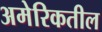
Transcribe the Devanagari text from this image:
अमेरिकतील